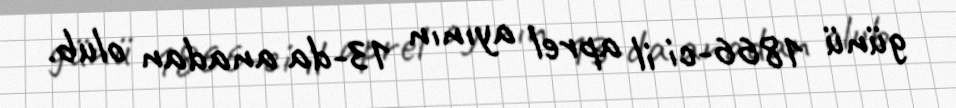
günü 1866-ci il aprel ayının 13-da anadan olub.